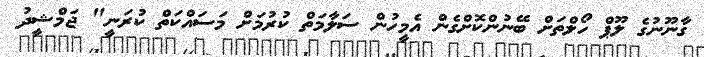
ގާނޫނުގެ ލޫޕް ހޯލްތަށް ބޭނުންކޮށްގެން އެމީހުން ސަލާމަތް ކުރުމަށް މަސައްކަތް ކުރަނީ" ޖަމްޝީދު